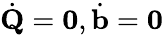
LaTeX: \dot{{\mathbf Q}}={\mathbf 0},\dot{{\mathbf b}}={\mathbf 0}